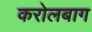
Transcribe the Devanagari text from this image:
करोलबाग